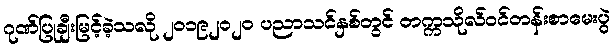
ဂုဏ်ပြုချီးမြင့်ခဲ့သလို ၂၀၁၉၂၀၂၀ ပညာသင်နှစ်တွင် တက္ကသိုလ်ဝင်တန်းစာမေးပွဲ